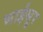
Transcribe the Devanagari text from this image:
भाईसुर